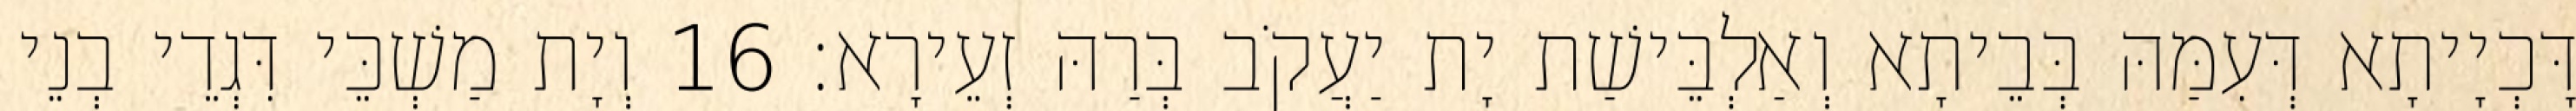
דָּכְיָיתָא דְּעִמַּהּ בְּבֵיתָא וְאַלְבֵּישַׁת יָת יַעֲקֹב בְּרַהּ זְעֵירָא׃ 16 וְיָת מַשְׁכֵּי דִּגְדֵי בְנֵי